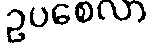
ဥပစေလာ